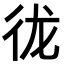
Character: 𪫌